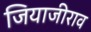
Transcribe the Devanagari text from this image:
जियाजीराव